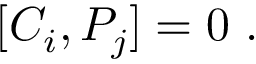
[ C _ { i } , P _ { j } ] = 0 ~ .